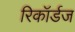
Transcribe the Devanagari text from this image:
रिकॉर्डज